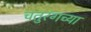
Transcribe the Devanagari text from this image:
चतुरंगच्या